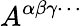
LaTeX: A^{\alpha\beta\gamma\cdots}